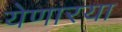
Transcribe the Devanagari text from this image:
येणारया